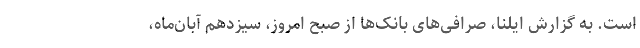
است. به گزارش ایلنا، صرافی‌های بانک‌ها از صبح امروز، سیزدهم آبان‌ماه،